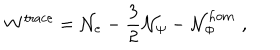
W ^ { \mathrm { t r a c e } } = { \cal N } _ { e } - \frac 3 2 { \cal N } _ { \psi } - { \cal N } _ { \Phi } ^ { \mathrm { h o m } } \, \, ,